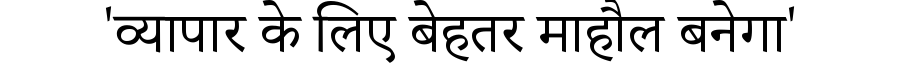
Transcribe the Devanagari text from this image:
'व्यापार के लिए बेहतर माहौल बनेगा'